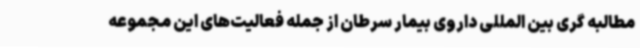
مطالبه گری بین المللی داروی بیمار سرطان از جمله فعالیت‌های این مجموعه